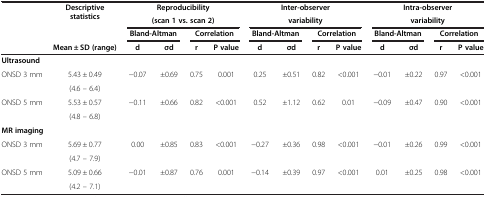
<table><thead><tr><td rowspan="3"><b> </b></td><td rowspan="3"><b>Descriptive statistics</b></td><td colspan="4"><b>Reproducibility</b></td><td colspan="4"><b>Inter-observer</b></td><td colspan="4"><b>Intra-observer</b></td></tr><tr><td colspan="4"><b>(scan 1 vs. scan 2)</b></td><td colspan="4"><b>variability</b></td><td colspan="4"><b>variability</b></td></tr><tr><td colspan="2"><b>Bland-Altman</b></td><td colspan="2"><b>Correlation</b></td><td colspan="2"><b>Bland-Altman</b></td><td colspan="2"><b>Correlation</b></td><td colspan="2"><b>Bland-Altman</b></td><td colspan="2"><b>Correlation</b></td></tr><tr><td><b> </b></td><td><b>Mean ± SD (range)</b></td><td><b>d</b></td><td><b>σd</b></td><td><b>r</b></td><td><b>P value</b></td><td><b>d</b></td><td><b>σd</b></td><td><b>r</b></td><td><b>P value</b></td><td><b>d</b></td><td><b>σd</b></td><td><b>r</b></td><td><b>P value</b></td></tr></thead><tbody><tr><td colspan="2"><b>Ultrasound</b></td><td> </td><td> </td><td> </td><td> </td><td> </td><td> </td><td> </td><td> </td><td> </td><td> </td><td> </td><td> </td></tr><tr><td rowspan="2">ONSD 3 mm</td><td>5.43 ± 0.49</td><td rowspan="2">−0.07</td><td rowspan="2">±0.69</td><td rowspan="2">0.75</td><td rowspan="2">0.001</td><td rowspan="2">0.25</td><td rowspan="2">±0.51</td><td rowspan="2">0.82</td><td rowspan="2">&lt;0.001</td><td rowspan="2">−0.01</td><td rowspan="2">±0.22</td><td rowspan="2">0.97</td><td rowspan="2">&lt;0.001</td></tr><tr><td>(4.6 – 6.4)</td></tr><tr><td rowspan="2">ONSD 5 mm</td><td>5.53 ± 0.57</td><td rowspan="2">−0.11</td><td rowspan="2">±0.66</td><td rowspan="2">0.82</td><td rowspan="2">&lt;0.001</td><td rowspan="2">0.52</td><td rowspan="2">±1.12</td><td rowspan="2">0.62</td><td rowspan="2">0.01</td><td rowspan="2">−0.09</td><td rowspan="2">±0.47</td><td rowspan="2">0.90</td><td rowspan="2">&lt;0.001</td></tr><tr><td>(4.8 – 6.8)</td></tr><tr><td colspan="2"><b>MR imaging</b></td><td> </td><td> </td><td> </td><td> </td><td> </td><td> </td><td> </td><td> </td><td> </td><td> </td><td> </td><td> </td></tr><tr><td rowspan="2">ONSD 3 mm</td><td>5.69 ± 0.77</td><td rowspan="2">0.00</td><td rowspan="2">±0.85</td><td rowspan="2">0.83</td><td rowspan="2">&lt;0.001</td><td rowspan="2">−0.27</td><td rowspan="2">±0.36</td><td rowspan="2">0.98</td><td rowspan="2">&lt;0.001</td><td rowspan="2">−0.01</td><td rowspan="2">±0.26</td><td rowspan="2">0.99</td><td rowspan="2">&lt;0.001</td></tr><tr><td>(4.7 – 7.9)</td></tr><tr><td rowspan="2">ONSD 5 mm</td><td>5.09 ± 0.66</td><td rowspan="2">−0.01</td><td rowspan="2">±0.87</td><td rowspan="2">0.76</td><td rowspan="2">0.001</td><td rowspan="2">−0.14</td><td rowspan="2">±0.39</td><td rowspan="2">0.97</td><td rowspan="2">&lt;0.001</td><td rowspan="2">0.01</td><td rowspan="2">±0.25</td><td rowspan="2">0.98</td><td rowspan="2">&lt;0.001</td></tr><tr><td>(4.2 – 7.1)</td></tr></tbody></table>